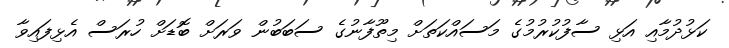
ކަޅުދުމާއި އަޅި ސާފުކުރުމުގެ މަސައްކަތަށް މިތޫފާނުގެ ސަބަބުން ވަރަށް ބޮޑަށް ހުރަސް އެޅިފައިވާ